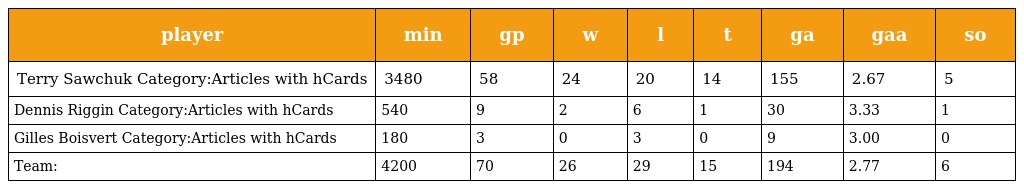
| player | min | gp | w | l | t | ga | gaa | so |
 | --- | --- | --- | --- | --- | --- | --- | --- | --- |
 | Terry Sawchuk Category:Articles with hCards | 3480 | 58 | 24 | 20 | 14 | 155 | 2.67 | 5 |
 | Dennis Riggin Category:Articles with hCards | 540 | 9 | 2 | 6 | 1 | 30 | 3.33 | 1 |
 | Gilles Boisvert Category:Articles with hCards | 180 | 3 | 0 | 3 | 0 | 9 | 3.00 | 0 |
 | Team: | 4200 | 70 | 26 | 29 | 15 | 194 | 2.77 | 6 |